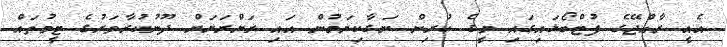
އެއީ ރާއްޖޭގެ ފުޓްބޯޅައިގައި މީގެ ކުރިން ނަގާކިޔަމުން އައި ރަށްރަށަށް ދޫނުކުރާވަރުގެ ޓީމުތައް